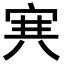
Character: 𡨄